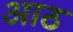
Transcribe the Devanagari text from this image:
अाठ